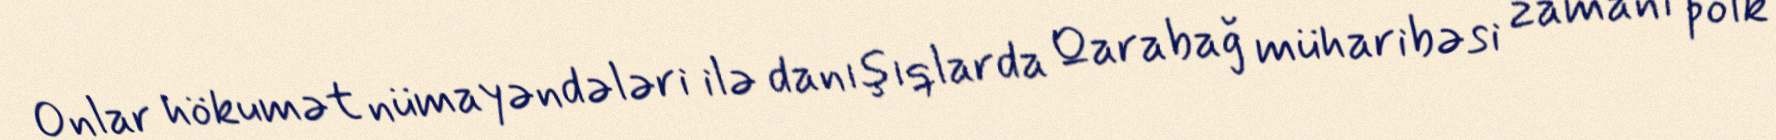
Onlar hökumət nümayəndələri ilə danışıqlarda Qarabağ müharibəsi zamanı polk